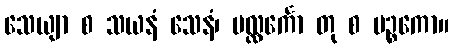
သေယျာ စ သယနံ သေနံ၊ ပလ္လင်္ကော တု စ မဉ္စကော။